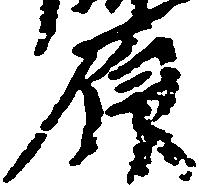
原